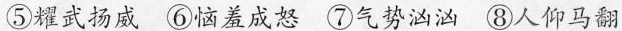
⑤耀武扬威⑥恼羞成怒⑦气势汹汹⑧人仰马翻